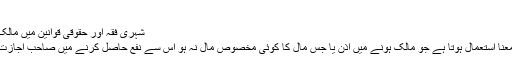
[5]
شہری فقہ اور حقوقی قوانین میں مالک ہونا یا نفع کا حاصل کرنا
فقہ میں اباحہ کا ایک اور معنا استعمال ہوتا ہے جو مالک ہونے میں اذن یا جس مال کا کوئی مخصوص مال نہ ہو اس سے نفع حاصل کرنے میں صاحب اجازت ہونےکے معنی میں ہے ۔